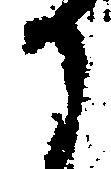
か